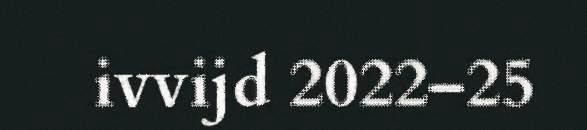
ivvijd 2022–25